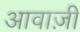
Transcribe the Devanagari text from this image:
आवाज़ी